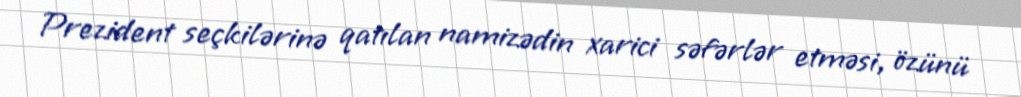
Prezident seçkilərinə qatılan namizədin xarici səfərlər etməsi, özünü